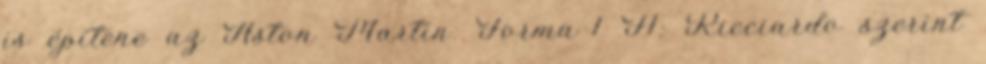
is építene az Aston Martin. Forma-1 F1: Ricciardo szerint